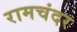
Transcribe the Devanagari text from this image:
रामचंदर